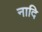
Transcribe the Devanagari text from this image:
नादि